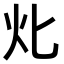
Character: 𤆇